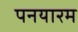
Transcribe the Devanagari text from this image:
पनयारम